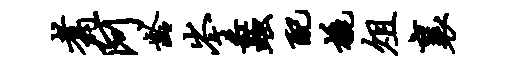
翥阿龄岑蠡配橇俎襄